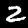
Label: 2